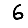
Digit: 6